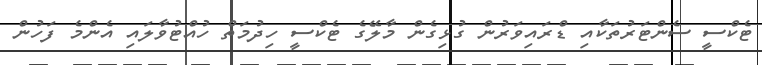
ޓެކްސީ ސެންޓަރުތަކާއި ޑްރައިވަރުން ގުޅިގެން މާލޭގެ ޓެކްސީ ހިދުމަތް ހުއްޓުވާލައި އެންމެ ފަހުން